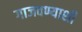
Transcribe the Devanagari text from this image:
गाजवण्याशी